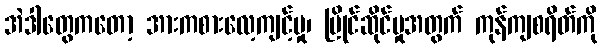
အဲဒါတွေကတော့ အားကစားလေ့ကျင့်မှု၊ ပြိုင်ဆိုင်မှုအတွက် ကုန်ကျစရိတ်ကို